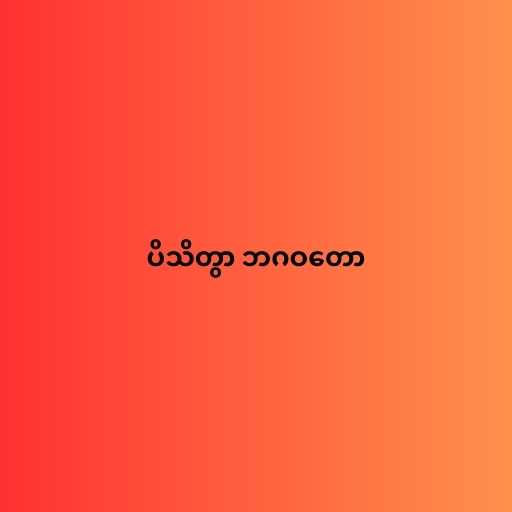
ပိသိတွာ ဘဂဝတော